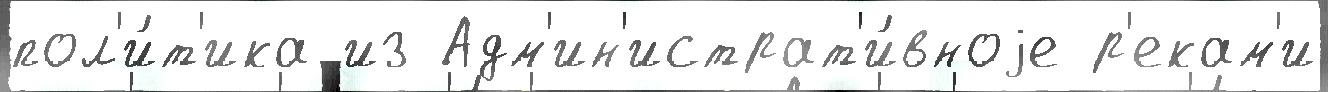
пол'и́т'ика из Адм'ин'истрат'и́вноjе р'екам'и